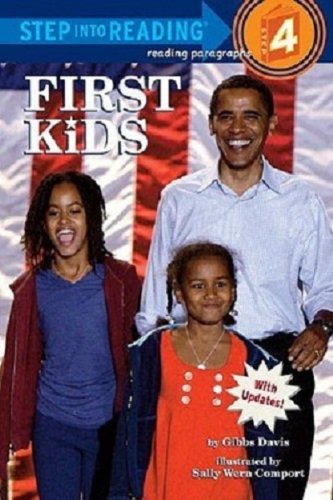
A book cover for First Kids (Step into Reading); Gibbs Davis; Children's Books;